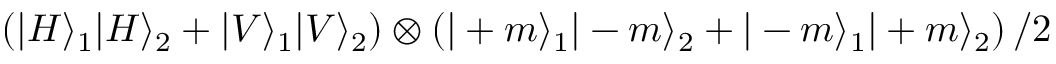
\left( | H \rangle _ { 1 } | H \rangle _ { 2 } + | V \rangle _ { 1 } | V \rangle _ { 2 } \right) \otimes \left( | + m \rangle _ { 1 } | - m \rangle _ { 2 } + | - m \rangle _ { 1 } | + m \rangle _ { 2 } \right) / 2